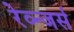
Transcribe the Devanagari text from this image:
रेव्न्जर्स